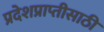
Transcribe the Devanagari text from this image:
प्रदेशप्राप्तीसाठी